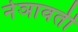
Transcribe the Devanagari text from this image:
नेञावती